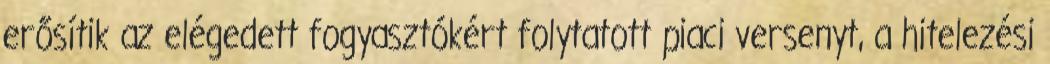
erősítik az elégedett fogyasztókért folytatott piaci versenyt, a hitelezési